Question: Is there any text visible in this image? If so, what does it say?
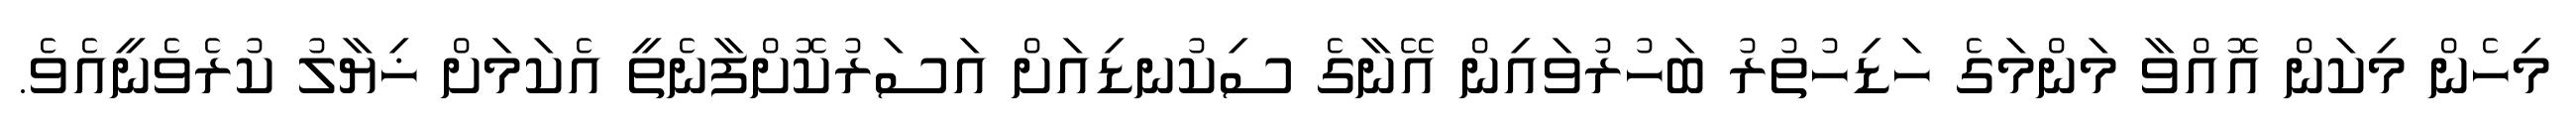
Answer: މިހެން މިކަން އޮއްވާ މަންމަގެ ހަޑިހުތުރު ބަހުރުވައިން އޭނާގެ ސިކުނޑިއަށް އަސަރުކޮށްފާނެތީ އެކަމަށް ޚިޔާލު ކުރެވެނީއެވެ.